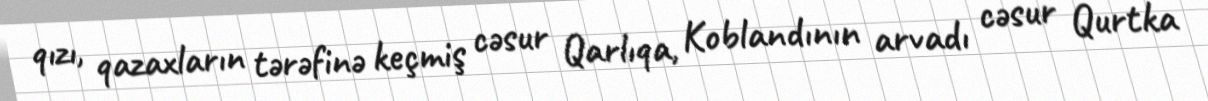
qızı, qazaxların tərəfinə keçmiş cəsur Qarlıqa, Koblandının arvadı cəsur Qurtka